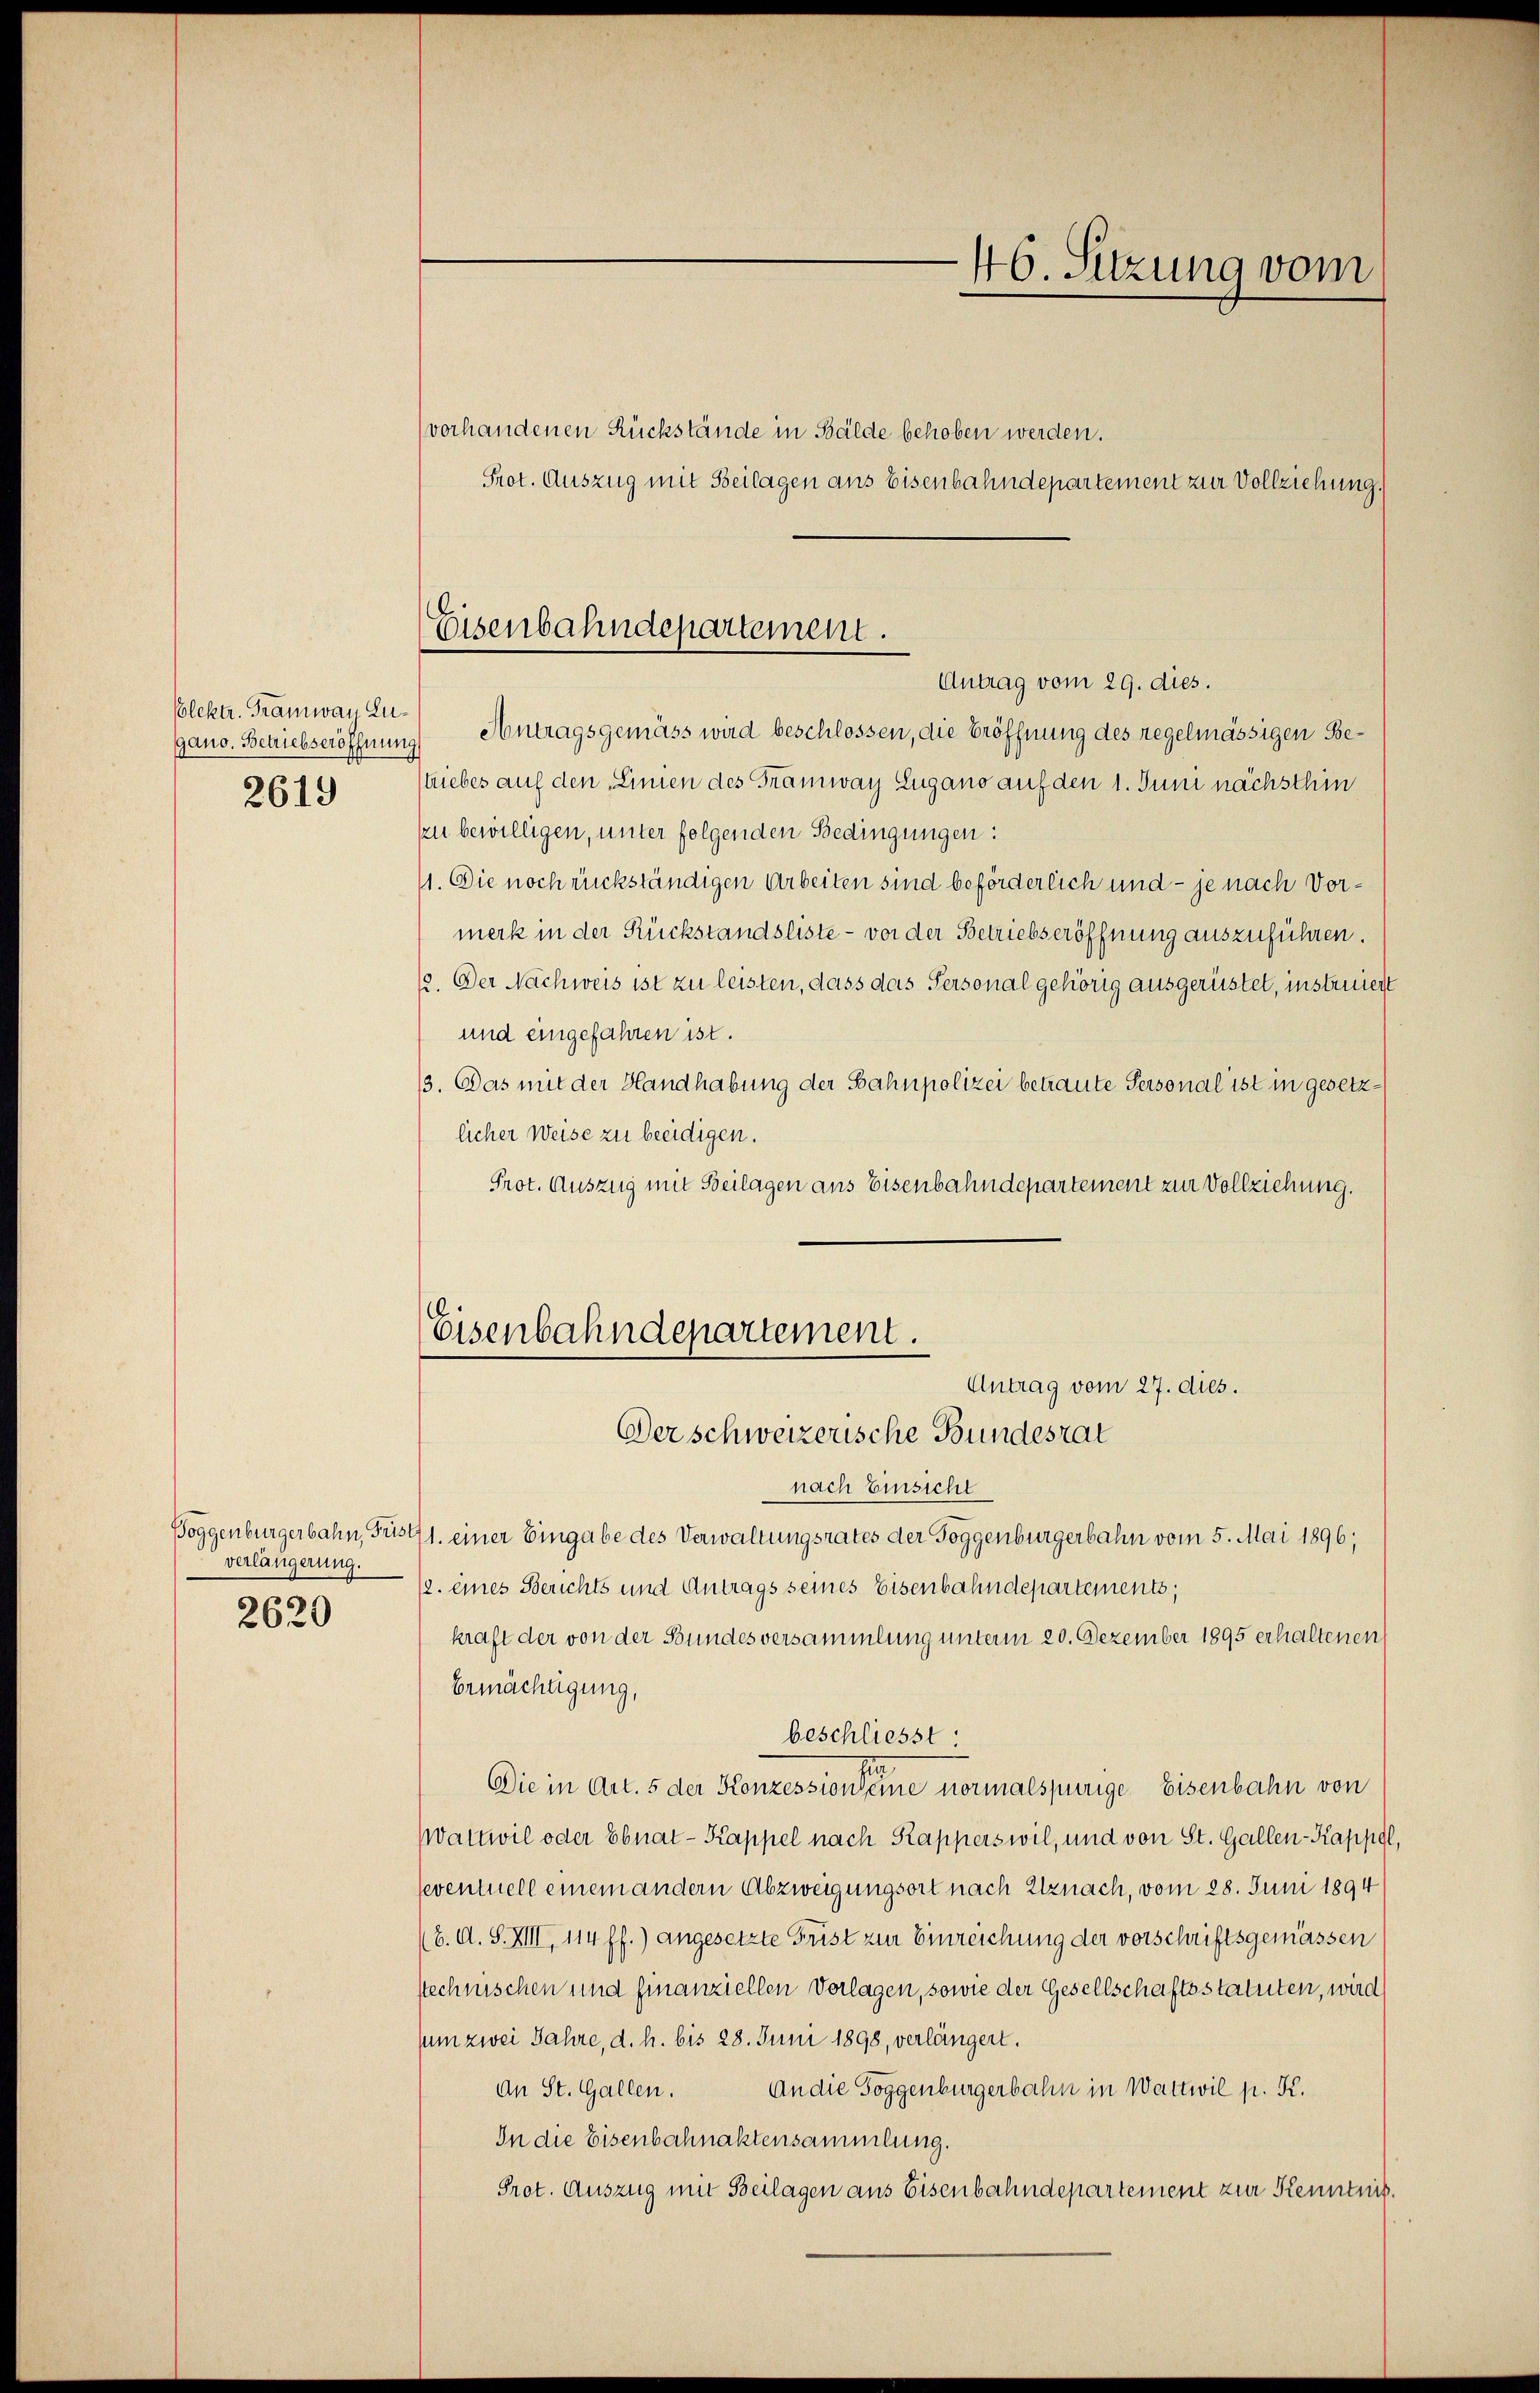
Blektr. Tramway Lugano. Betriebseröffnung
2619

verlängerung.
2620

Eisenbahndepartement.

vorhandenen Rückstände in Bälde behoben werden.
Prot. Auszug mit Beilagen aus Eisenbahndepartement zur Vollziehung.
Antrag vom 29. dies.
 Antragsgemäss wird beschlossen, die Eröffnung des regelmässigen Bestriebes auf den Linien des Tramway Lugano auf den 1. Juni nächsthin
zu bewilligen, unter folgenden Bedingungen:
11. Die noch rückständigen Arbeiten sind beförderlich und - je nach Vormerk in der Rückstandsliste - vor der Betriebseröffnung auszuführen.
12. Der Nachweis ist zu leisten, dass das Personal gehörig ausgerüstet, instruiert
und eingefahren ist.
13. Das mit der Handhabung der Bahnpolizei betraute Personal ist in gesetzlicher Weise zu beeidigen.
Prot. Auszug mit Beilagen aus Eisenbahndepartement zur Vollziehung.

46. Sitzung vom

Eisenbahndepartement.
Antrag vom 27. dies.
Der schweizerische Bundesrat

nach Einsicht
Boggenburgerbahn, Füst 1. einer Eingabe des Verwaltungsrates der Toggenburgerbahn vom 5. Mai 1896;
(2. eines Berichts und Antrags seines Eisenbahndepartements;
kraft der von der Bundesversammlung unterm 20. Dezember 1895 erhaltenen
Ermächtigung,
beschliesst
Die in Art. 5 der Konzession seine normalspurige Eisenbahn von
Wattwil oder Ebnat-Kappel nach Kapperswil, und von St. Gallen-Kappel,
seventuell einem andern Abzweigungsort nach Elznach, vom 28. Juni 1894
(6. d. S. XII, 114 ff.) angesetzte Frist zur Einreichung der vorschriftsgemässen
stechnischen und finanziellen Vorlagen, sowie der Gesellschaftsstatuten, wird
sum zwei Jahre, d. h. bis 28. Juni 1898, verlängert.
an St. Gallen. An die Toggenburgerbahn in Wattwil p. K.
In die Eisenbahnaktensammlung.
Prot. Auszug mit Beilagen aus Eisenbahndepartement zur Kenntnis.